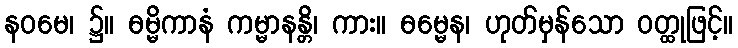
နဝမေ၊ ၌။ ဓမ္မိကာနံ ကမ္မာနန္တိ၊ ကား။ ဓမ္မေန၊ ဟုတ်မှန်သော ဝတ္ထုဖြင့်။